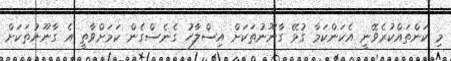
މި ކަންތައްކުރެވޭނީ އެކަންކަމާ ގުޅޭ ގާނޫނުތަކަށް އިސްލާހު ގެނެސްގެން ކަމަށްވާތީ އެ ގާނޫނުތަކަށް